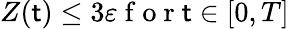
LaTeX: Z(\mathsf{t})\le3\varepsilon\mathrm{{~f~o~r~}}\mathsf{t}\in[0,T]